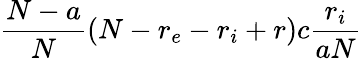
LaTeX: \frac{N-a}{N}(N-r_{e}-r_{i}+r)c\frac{r_{i}}{aN}